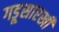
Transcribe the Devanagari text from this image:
गडूसारखी